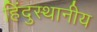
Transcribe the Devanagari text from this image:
हिंदुस्थानीय